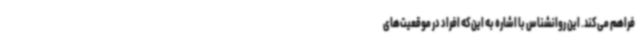
فراهم می‌کند. این روانشناس با اشاره به این‌که افراد در موقعیت‌های